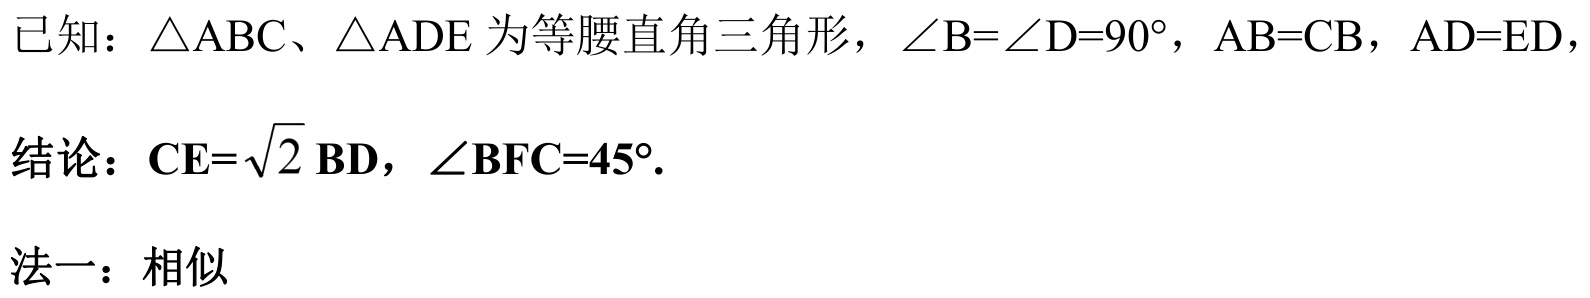
已知：\(\triangle ABC\)、\(\triangle ADE\)为等腰直角三角形，\(\angle B = \angle D = 90^{\circ}\)，\(AB = CB\)，\(AD = ED\)，
结论：\(CE = \sqrt{2}BD\)，\(\angle BFC = 45^{\circ}\).
法一：相似